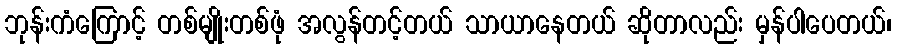
ဘုန်းကံကြောင့် တစ်မျိုးတစ်ဖုံ အလွန်တင့်တယ် သာယာနေတယ် ဆိုတာလည်း မှန်ပါပေတယ်၊